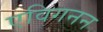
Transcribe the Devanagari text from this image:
एविगनन